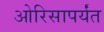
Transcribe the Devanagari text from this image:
ओरिसापर्यंत